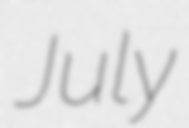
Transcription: July